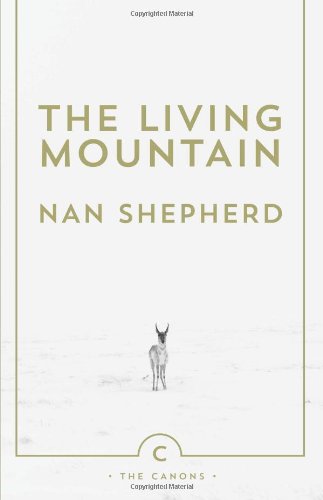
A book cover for The Living Mountain (Canons); Nan Shepherd; Science & Math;